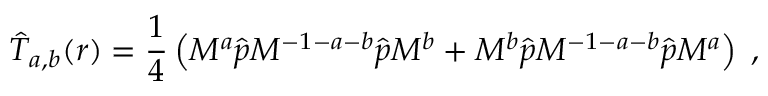
\hat { T } _ { { a , b } } ( \boldsymbol { r } ) = \frac { 1 } { 4 } \left( M ^ { a } \hat { \boldsymbol { p } } M ^ { - 1 - a - b } \hat { \boldsymbol { p } } M ^ { b } + M ^ { b } \hat { \boldsymbol { p } } M ^ { - 1 - a - b } \hat { \boldsymbol { p } } M ^ { a } \right) \; ,